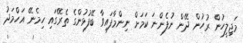
މަޖިލީހުން ރުހުން ދޭން ނުފެންނަ ކަމަށް ނިންމާފައިވާ ބޭފުޅުންގެ ތެރޭގައި ހިމެނޭ އަހްމަދު